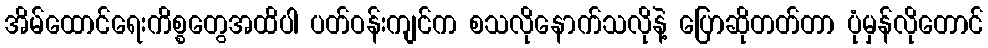
အိမ်ထောင်ရေးကိစ္စတွေအထိပါ ပတ်ဝန်းကျင်က စသလိုနောက်သလိုနဲ့ ပြောဆိုတတ်တာ ပုံမှန်လိုတောင်